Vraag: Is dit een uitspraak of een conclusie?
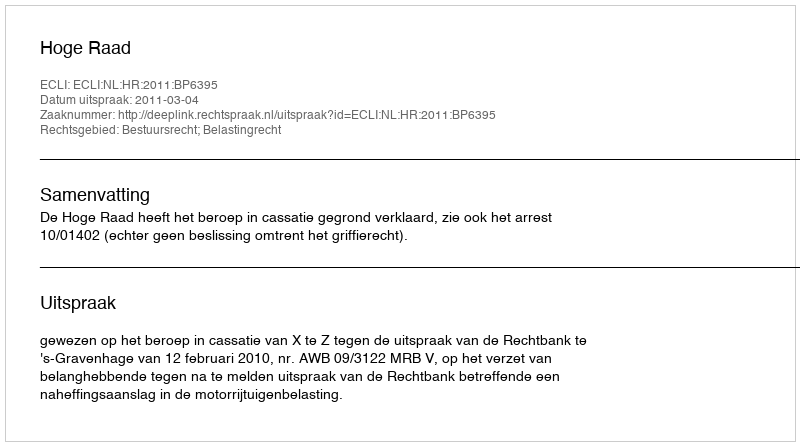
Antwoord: Uitspraak